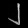
Digit: ၂